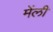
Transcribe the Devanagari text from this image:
मेंली